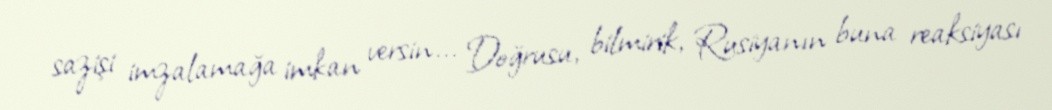
sazişi imzalamağa imkan versin... Doğrusu, bilmirik, Rusiyanın buna reaksiyası